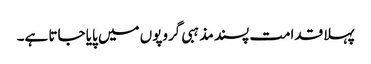
پہلا قدامت پسند مذہبی گروپوں میں پایا جاتا ہے۔